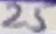
Text: 25